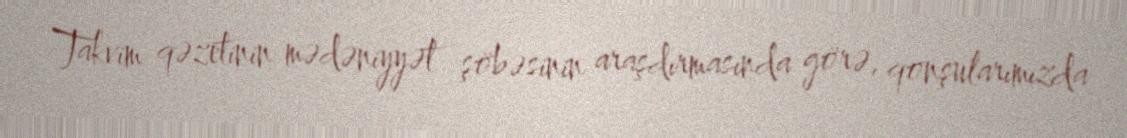
Takvim qəzetinin mədəniyyət şöbəsinin araşdırmasında görə, qonşularımızda